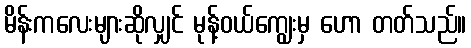
မိန်းကလေးများဆိုလျှင် မုန့်ဝယ်ကျွေးမှ ဟော တတ်သည်။